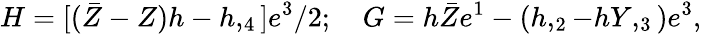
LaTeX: H=[(\bar{Z}-Z)h-h,_{4}]e^{3}/2;\quad G=h\bar{Z}e^{1}-(h,_{2}-hY,_{3})e^{3},